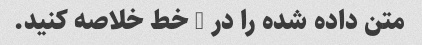
متن داده شده را در 5 خط خلاصه کنید.